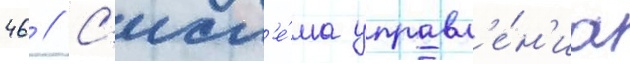
46 // С'ист'е́ма управл'е́н'иа